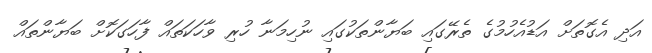
އަދި އެގޮތަށް އަޑުއެހުމުގެ ތެރޭގައި ބަޔާންތަކުގައި ނުހިމަނާ ހުރި ވާހަކަތައް ފާހަގަކޮށް ބަޔާންތައް